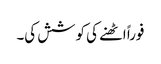
فوراً اٹھنے کی کوشش کی۔